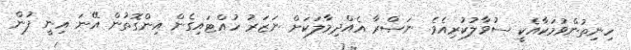
ހިނިތުންވުމަކާއެކީ ސުވާލުކުރިއެވެ. ނަޞްރާ އެއްދިމާލަކަށް ނަޒަރު ހުއްޓައިގެން އިންގޮތުން އޭނަ އިނީ ފުން